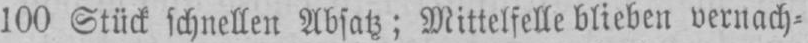
100 Stück schnellen Absatz; Mittelfelle blieben vernach⸗